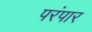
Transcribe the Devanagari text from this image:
परंपार